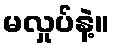
မလှုပ်နဲ့။